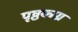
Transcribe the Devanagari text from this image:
पृष्ठकाग्र